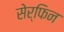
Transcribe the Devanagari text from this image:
सेर्फिन